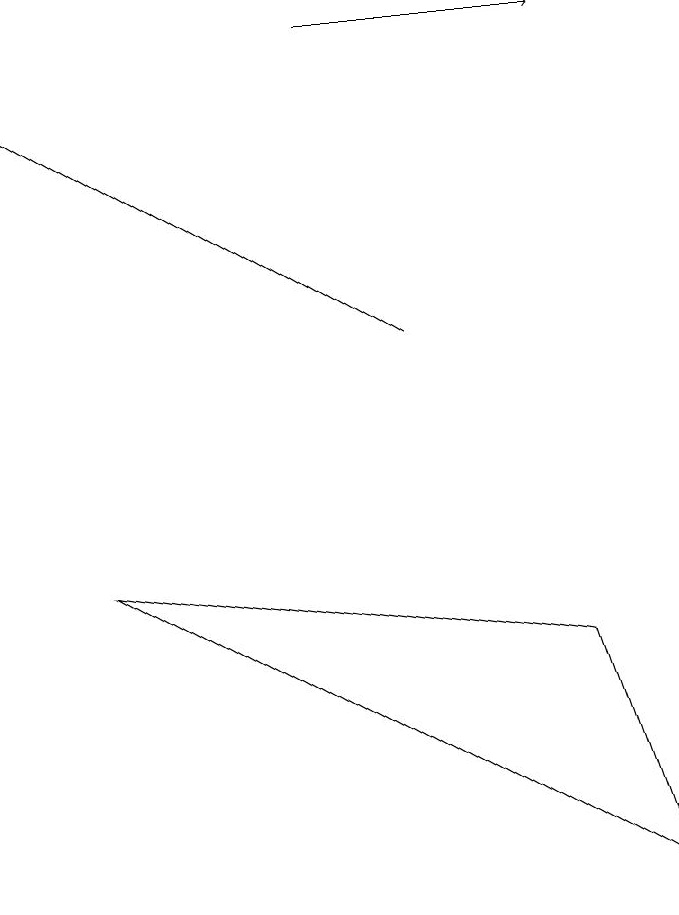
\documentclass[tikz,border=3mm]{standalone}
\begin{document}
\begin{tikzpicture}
\draw (2,8) -- (9,4) -- (8,7) -- cycle;
\draw[->] (6,11) -- (1,14);
\draw[->] (5,15) -- (8,15);
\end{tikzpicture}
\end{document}